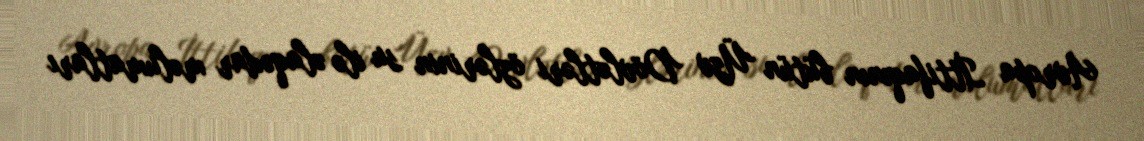
Avropa İttifaqının bütün Üzv Dövlətləri özlərinin su ilə əlaqədar məlumatları